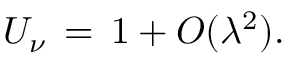
U _ { \nu } \, = \, 1 + O ( \lambda ^ { 2 } ) .